Account of plague administration in the Bombay Presidency from September 1896 till May 1897
Year: 1896
Disease focus: Plague
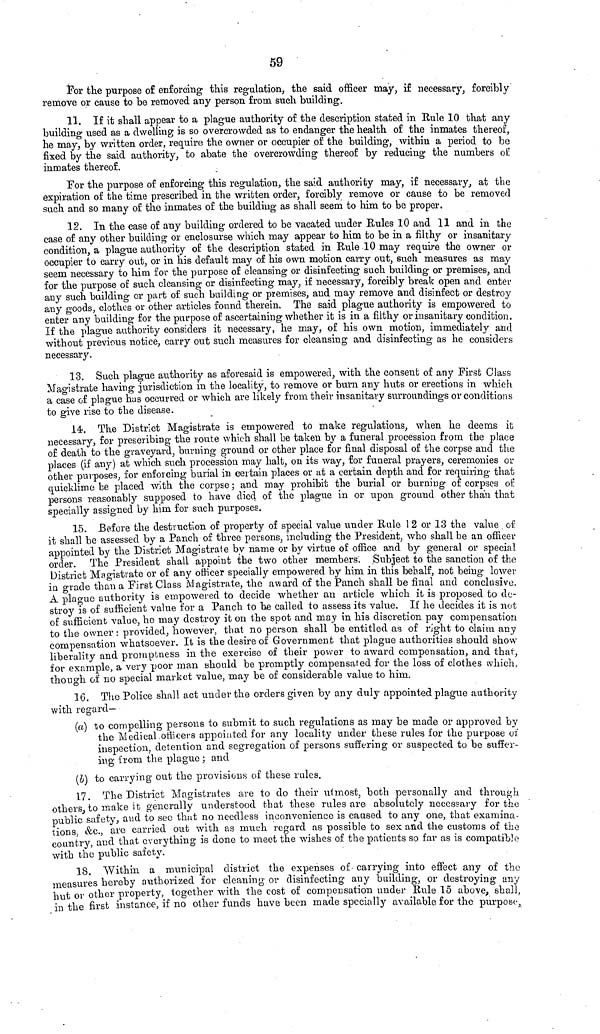
59
For the purpose of enforcing this regulation, the said officer may, if necessary, forcibly
remove or cause to be removed any person from such building.
11. If it shall appear to a plague authority of the description stated in Rule 10 that any
building used as a dwelling is so overcrowded as to endanger the health of the inmates thereof,
he may, by written order, require the owner or occupier of the building, within a period to be
fixed by the said authority, to abate the overcrowding thereof by reducing the numbers of
inmates thereof.
For the purpose of enforcing this regulation, the said authority may, if necessary, at the
expiration of the time prescribed in the written order, forcibly remove or cause to be removed
such and so many of the inmates of the building as shall seem to him to be proper.
12. In the case of any building ordered to be vacated under Rules 10 and 11 and in the
case of any other building or enclosurse which may appear to him to be in a filthy or insanitary
condition, a plague authority of the description stated in Rule 10 may require the owner or
occupier to carry out, or in his default may of his own motion carry out, such measures as may
seem necessary to him for the purpose of cleansing or disinfecting such building or premises, and
for the purpose of such cleansing or disinfecting may, if necessary, forcibly break open and enter
any such building or part of such building or premises, and may remove and disinfect or destroy
any goods, clothes or other articles found therein, The said plague authority is empowered to
enter any building for the purpose of ascertaining whether it is in a filthy or insanitary condition.
If the plague authority considers it necessary, he may, of his own motion, immediately and
without previous notice, carry out such measures for cleansing and disinfecting as he considers
necessary.
13. Such plague authority as aforesaid is empowered, with the consent of any First Class
Magistrate having jurisdiction in the locality, to remove or burn any huts or erections in which
a case of plague has occurred or which are likely from their insanitary surroundings or conditions
to give rise to the disease.
14. The District Magistrate is empowered to make regulations, when he deems it
necessary, for prescribing the route which shall be taken by a funeral procession from the place
of death to the graveyard, burning ground or other place for final disposal of the corpse and the
places (if any) at which such procession may halt, on its way, for funeral prayers, ceremonies or
other purposes, for enforcing burial in certain places or at a certain depth and for requiring that
quicklime be placed with the corpse; and may prohibit the burial or burning' of corpses of
persons reasonably supposed to have died of the plague in or upon ground other than that
specially assigned by him for such purposes.
15. Before the destruction of property of special value under Rule 1 2 or 13 the value of
it shall be assessed by a Panch of three persons, including the President, who shall be an officer
appointed by the District Magistrate by name or by virtue of office and by general or special
order. The President shall appoint the two other members. Subject to the sanction of the
District Magistrate or of any officer specially empowered by him in this behalf, not being lower
in grade than a First Class Magistrate, the award of the Panch shall be final and conclusivo.
A plague authority is empowered to decide whether an article which it is proposed to de-
stroy is of sufficient value for a Panch to be called to assess its value. If he decides it is not
of sufficient value, he may destroy it on the spot and may in his discretion pay compensation
to the owner: provided, however, that no person shall be entitled as of right to claim any
compensation whatsoever. It is the desire of Government that plague authorities should show
liberality and promptness in the exercise of their power to award compensation, and that,
for example, a very poor man should be promptly compensated for the loss of clothes which,
though of no special market value, may be of considerable value to him.
16. The Police shall act under the orders given by any duly appointed plague authority
with regard—
(a) to compelling persons to submit to such regulations as may be made or approved by
the Medical, officers appointed for a.ny locality tinder these rules for the purpose of
inspection, detention and segregation of persons suffering or suspected to be suffer-
ing from the plague ; and
(b) to carrying out the provisions of these rules.
17. The District Magistrates are to do their utmost, both personally and through
others, to make it generally understood that these rules are absolutely necessary for the
public safety, and to sec that no needless inconvenience is caused to any one, that examina-
tions, &c., are carried out with as much regard as possible to sex and the customs of the
country, and that everything is done to meet the wishes of the patients so far as is compatible
with the public safety.
18. Within a municipal district the expenses of carrying into effect any of the
measures hereby authorized for cleaning or disinfecting any building, or destroying any
hut or other property, together with the cost of compensation under Rule 15 above, shall,
in the first instance, if no other funds have been made specially available for the purpose,